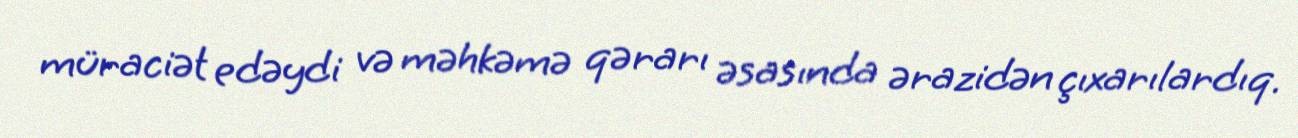
müraciət edəydi və məhkəmə qərarı əsasında ərazidən çıxarılardıq.